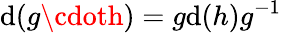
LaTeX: \mathrm{d}(g\cdoth)=g\mathrm{d}(h)g^{-1}